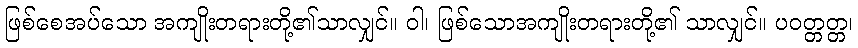
ဖြစ်စေအပ်သော အကျိုးတရားတို့၏သာလျှင်။ ဝါ၊ ဖြစ်သောအကျိုးတရားတို့၏ သာလျှင်။ ပဝတ္တတ္တ၊